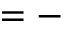
= -